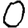
Digit: 0